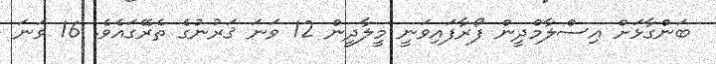
ބަންގާޅަށް އިސްލާމްދީން ފޯރާފައިވަނީ މީލާދީން 12 ވަނަ ޤަރުނުގެ ތެރޭގައެވެ. 16 ވަނަ